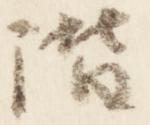
階